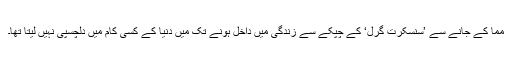
مما کے جانے سے ’سنسکرت گرل‘ کے چپکے سے زندگی میں داخل ہونے تک میں دنیا کے کسی کام میں دلچسپی نہیں لیتا تھا۔